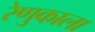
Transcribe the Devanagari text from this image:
रेणुकाला